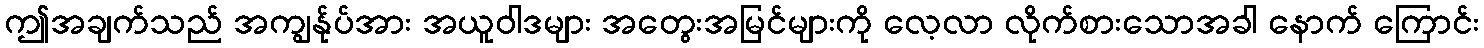
ဤအချက်သည် အကျွန်ုပ်အား အယူဝါဒများ အတွေးအမြင်များကို လေ့လာ လိုက်စားသောအခါ နောက် ကြောင်း